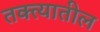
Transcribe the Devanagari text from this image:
तक्त्यातील